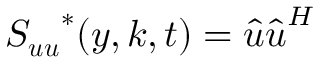
\boldsymbol { S _ { u u } } ^ { * } ( y , \boldsymbol { k } , t ) = \boldsymbol { \hat { u } } \boldsymbol { \hat { u } } ^ { H }